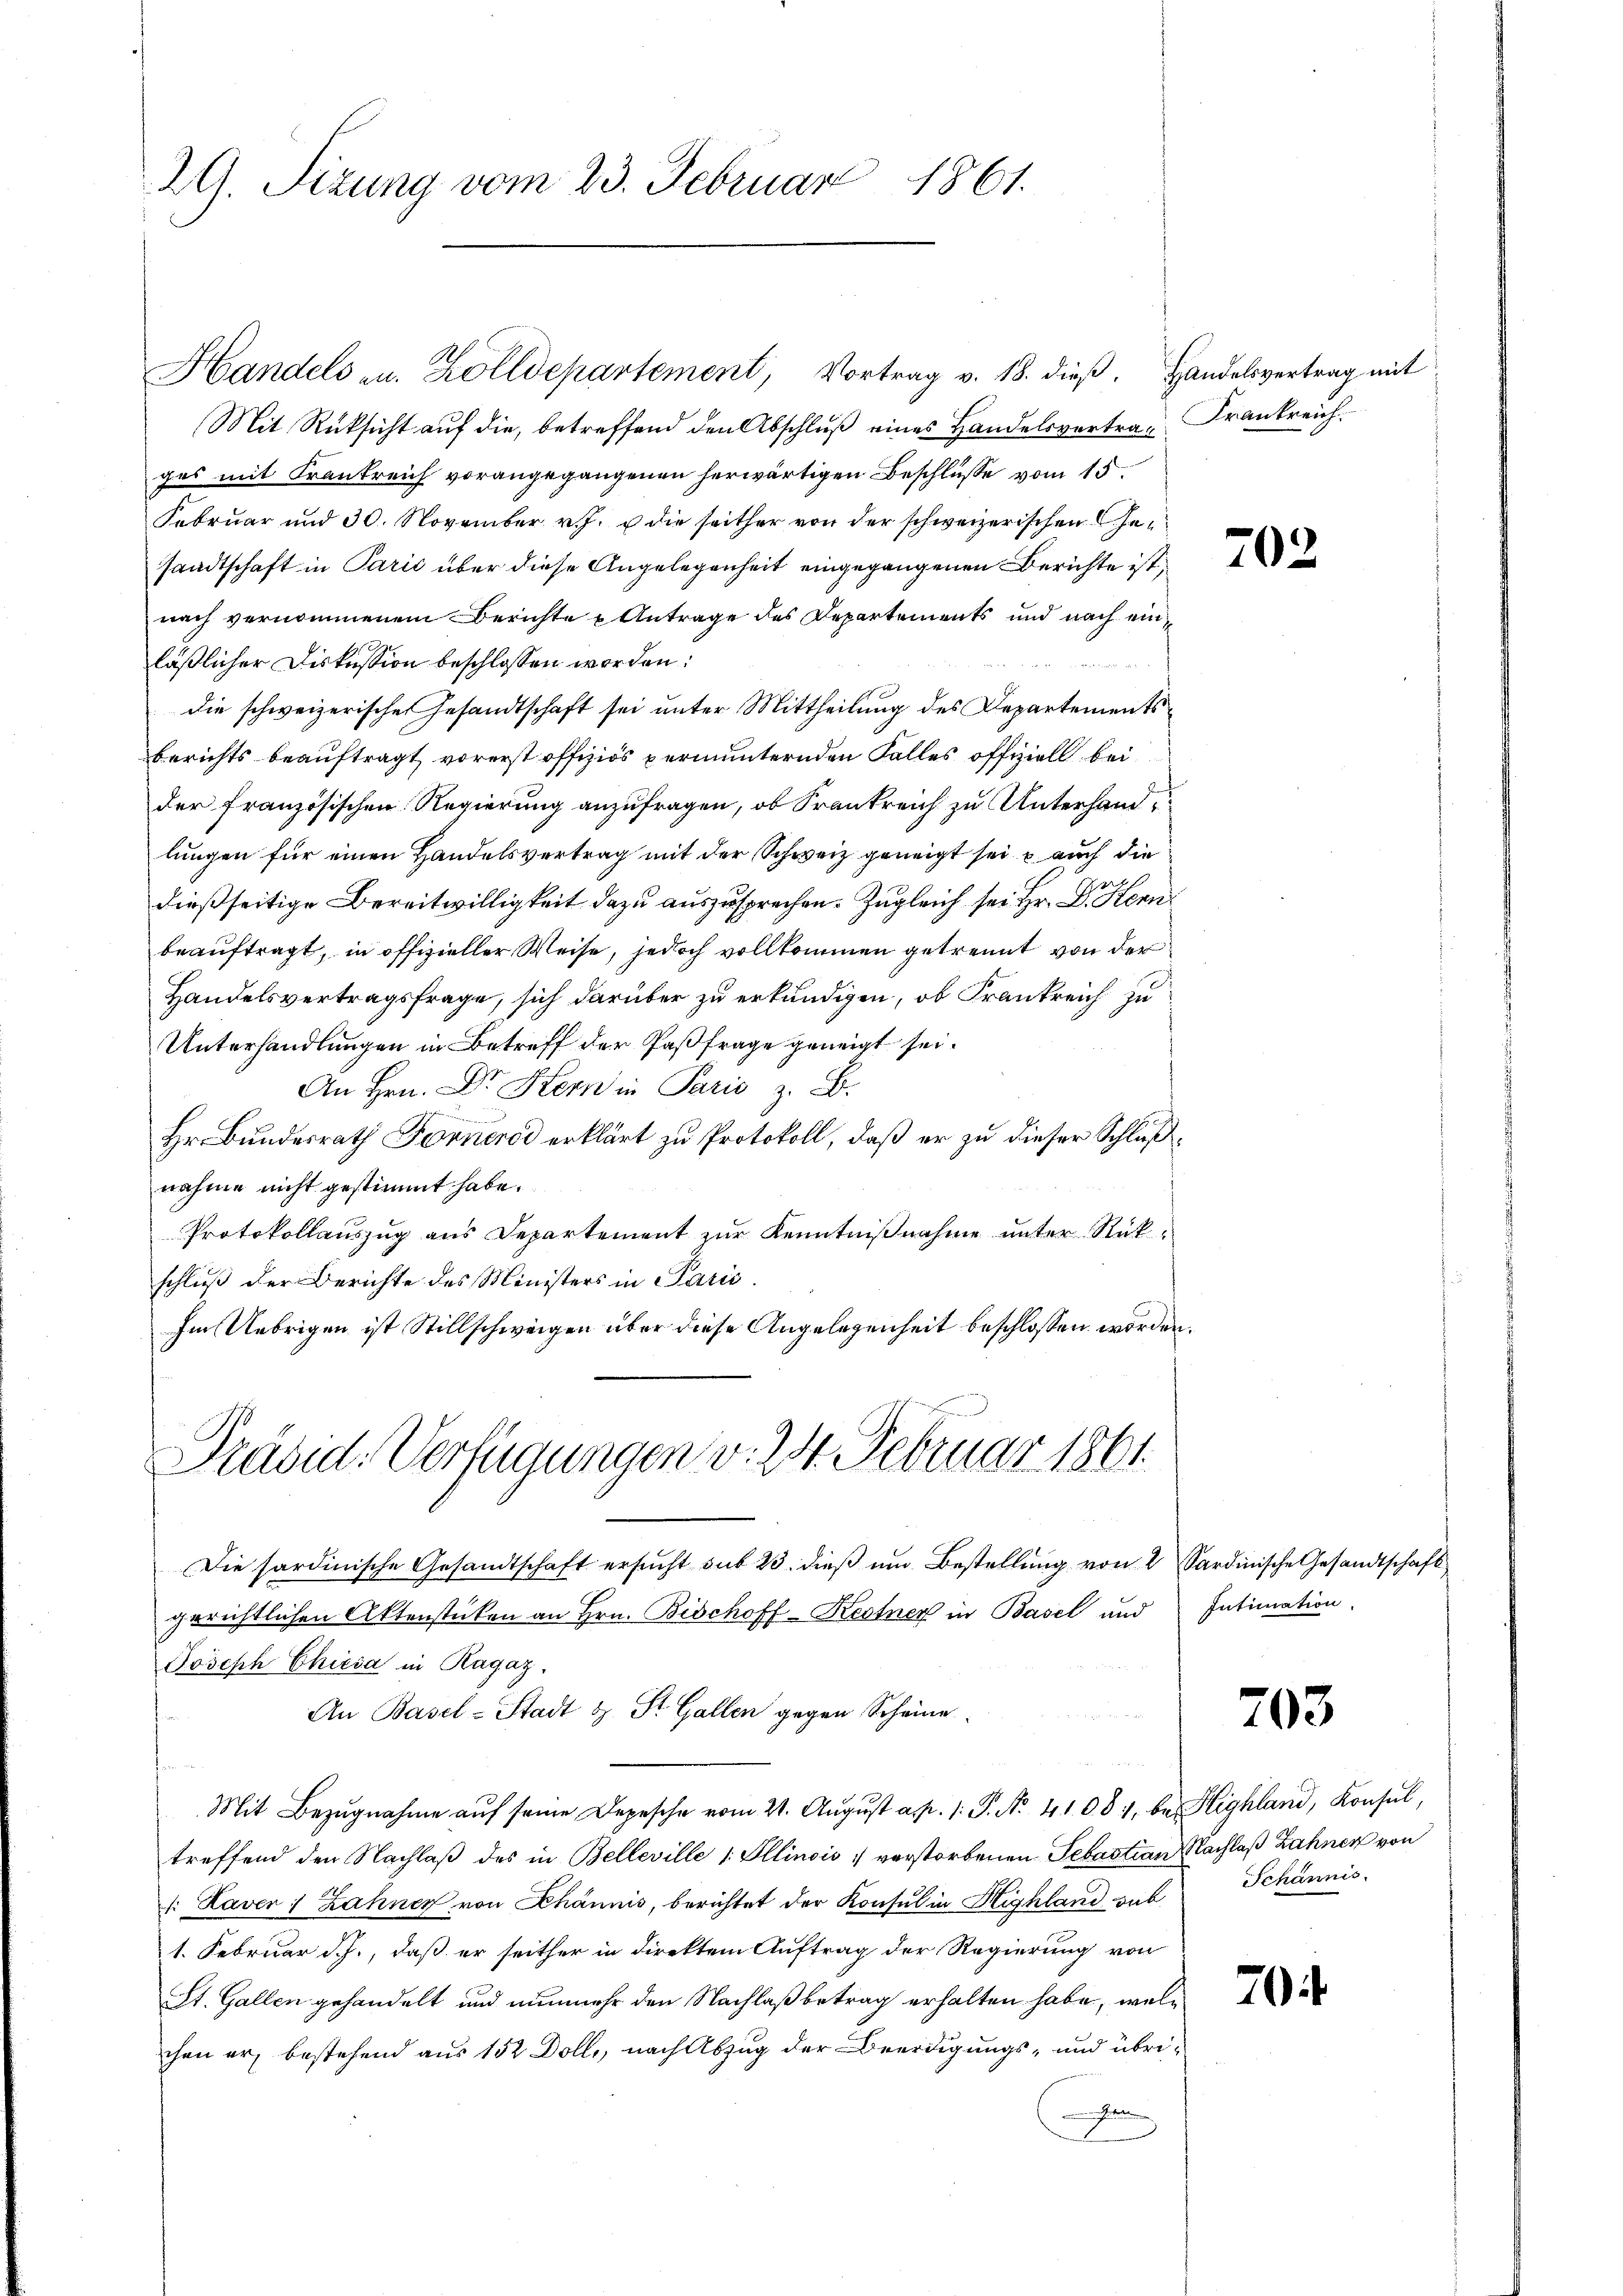
29. Sizung vom 23. Februar 1861.

Handels zu. Zolldepartement, Vortrag v. 18. dieß. Handelsvertrag mit
Mit Rücksicht auf die, betreffend den Abschluß eines Handelsvertrag Frankreich
ges mit Krankreich vorangegangenen herwärtigen Beschlüsse vom 15.
Februar und 30. November v. J. die seither von der schweizerischen Gesandtschaft in Parić über diese Angelegenheit eingegangenen Berichte ist,
nach vernommenem Berichte u Antrage des Departements und nach einläßlicher Diskussion beschlossen worden:

die schweizerische Gesandtschaft sei unter Mittheilung des Departements
Berichts beauftragt, vorerst offiziös permunternden Falles offiziell bei
der französischen Regierung anzufragen, ob Krankreich zu Unterhandlungen für einen Handelsvertrag mit der Schweiz geneigt sei, u auch die
f
dießseitige Bereitwilligkeit dazu auszusprechen. Zugleich sei Hr. D. Renn
beauftragt, in offizieller Weise, jedoch vollkommen getrennt von der
Handelsvertragsfrage, sich darüber zu erkundigen, ob Frankreich zu
Unterhandlungen in Betreff der Paßfrage geneigt sei.
An Hrn. Dr. Hern in Paris z. B.
Hr. Bundesrath Fornerde erklärt zu Protokoll, daß er zu dieser Schlußnahme nicht gestimmt habe.
Protokollauszug aus Departement zur Kenntnißnahme unter Rückschluß der Berichte des Ministers in Paris.
Im Uebrigen ist Stillschweigen über diese Angelegenheit beschlossen worden.

Präsid. Verfügungen v. 24. Februar 1861.

An Basel-Stadt & St. Gallen gegen Scheine

702

Die sardinische Gesandtschaft ersucht sub 23. dieß um Bestellung von 2 Sardinische Gesandtschaft
gerichtlichen Aktenstücken an Hrn. Bischoff-Kestner in Basel und Intimation.
Joseph Chiesa in Ragaz
Mit Bezŭgnahme aŭf seine Depesche vom 21. Aŭgŭst a. p. 1. P. Nr. 41081, bei Highland, Konsul,
treffend den Nachlaβ des in Belleville 1. Illinois verstorbenen Sebastian Nachlaß Zahnen von
: Haven Zähner von Khännis, berichtet der Konsul in Highland sub Schännis-
1. Februar d. J., daß er seither in direktem Auftrag der Regierung von
St. Gallen gehandelt und nunmehr den Nachlaß betrag erhalten habe, welc
chen er bestehend aus 152 Dolle, nach Abzug der Beerdigungs- und übrie

703

704.